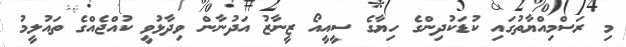
މި ރަސްމިއްޔާތުގައި ކުޑަކުދިންގެ ހިޔާގެ ސީއީއޯ ޒީނާޒު އަދުނާން ވިދާޅުވީ ކުއްޖެއްގެ ތައުލީމު